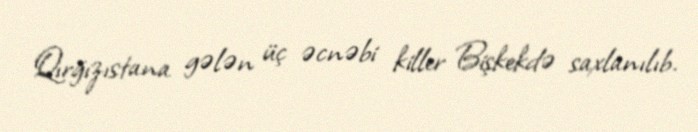
Qırğızıstana gələn üç əcnəbi killer Bişkekdə saxlanılıb.